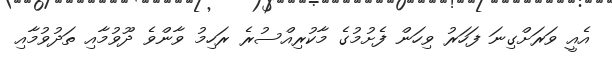
އެއީ ވަރަށްގިނަ ފަހަރު ވިހަން ފެށުމުގެ މާކުރިއްސުރެ ރަހިމު ވާންވެ ދޫވުމާއި ތަދުވުމާއި